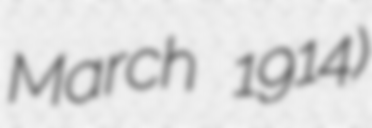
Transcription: March 1914)